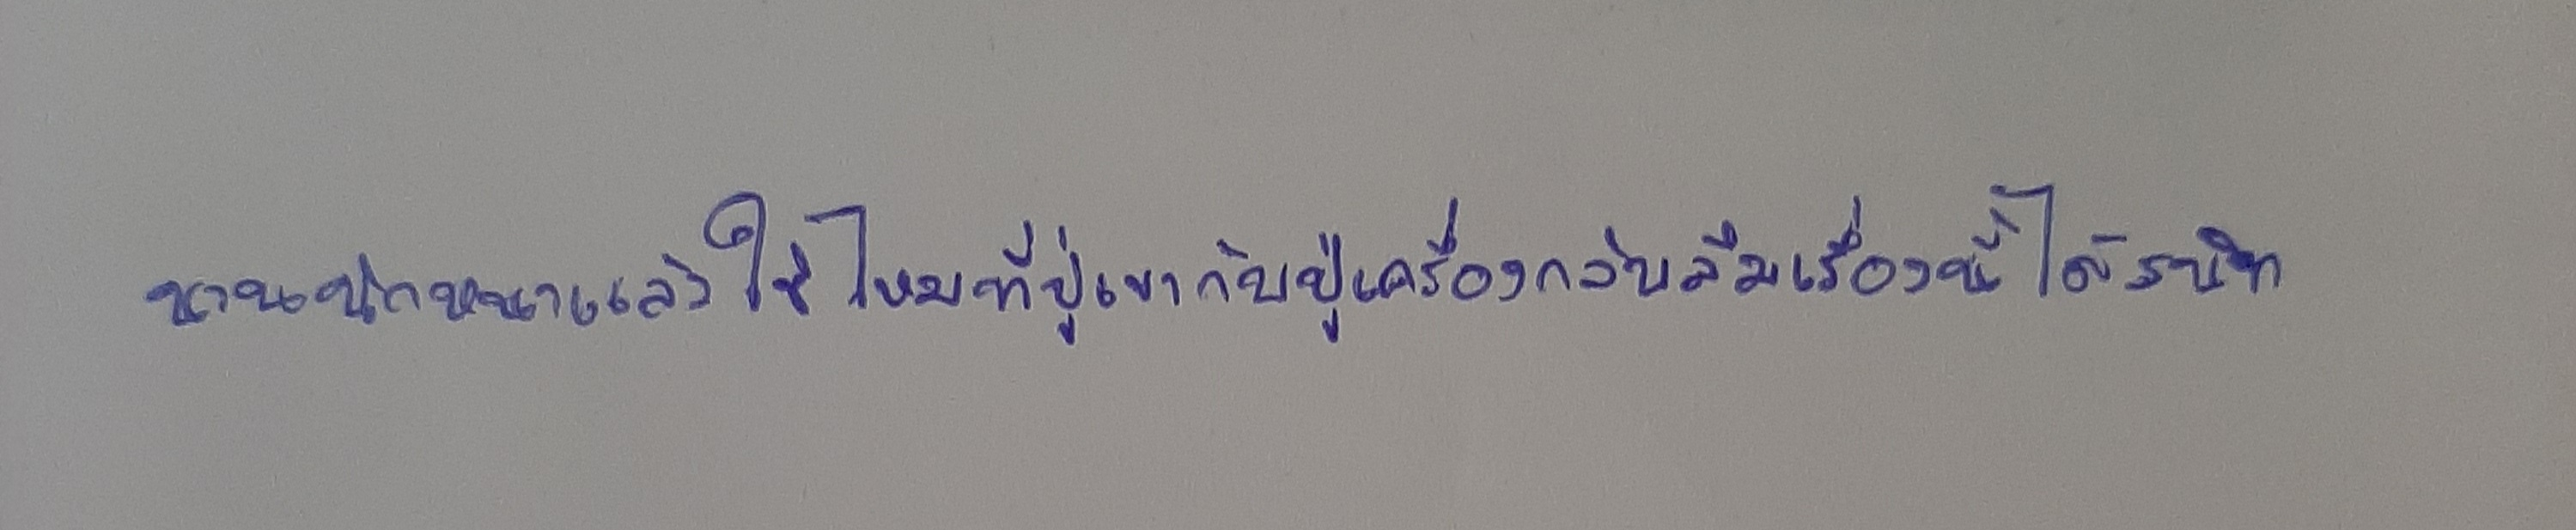
นานนักหนาแล้วใช่ไหมที่ปู่เขากับปู่เครื่องกลับลืมเรื่องนี้ได้สนิท